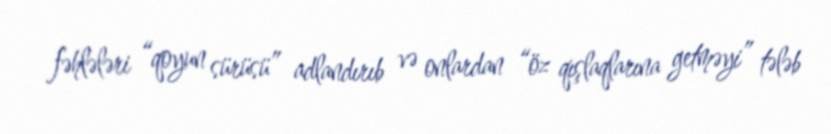
fəhlələri “qoyun sürüsü” adlandırıb və onlardan “öz qışlaqlarına getməyi” tələb